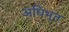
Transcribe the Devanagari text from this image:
अधिभूत